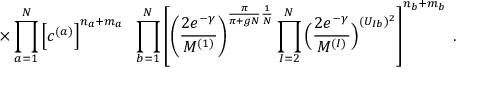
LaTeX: \times \prod _ { a = 1 } ^ { N } \Big [ c ^ { ( a ) } \Big ] ^ { n _ { a } + m _ { a } } \; \; \prod _ { b = 1 } ^ { N } \left[ \left( \frac { 2 e ^ { - \gamma } } { M ^ { ( 1 ) } } \right) ^ { \frac { \pi } { \pi + g N } \frac { 1 } { N } } \prod _ { I = 2 } ^ { N } \Big ( \frac { 2 e ^ { - \gamma } } { M ^ { ( I ) } } \Big ) ^ { ( U _ { I b } ) ^ { 2 } } \right] ^ { n _ { b } + m _ { b } } \; .